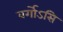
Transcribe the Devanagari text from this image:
वर्गोऽसि